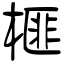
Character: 榧